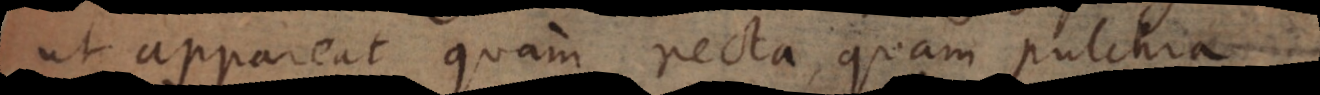
ut appareat quam recta, quam pulch